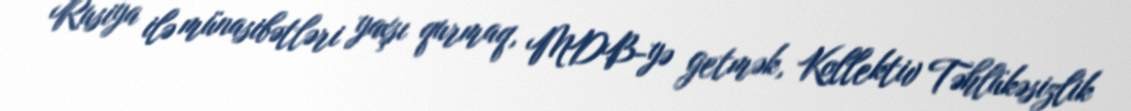
Rusiya ilə münasibətləri yaxşı qurmaq, MDB-yə getmək, Kollektiv Təhlükəsizlik